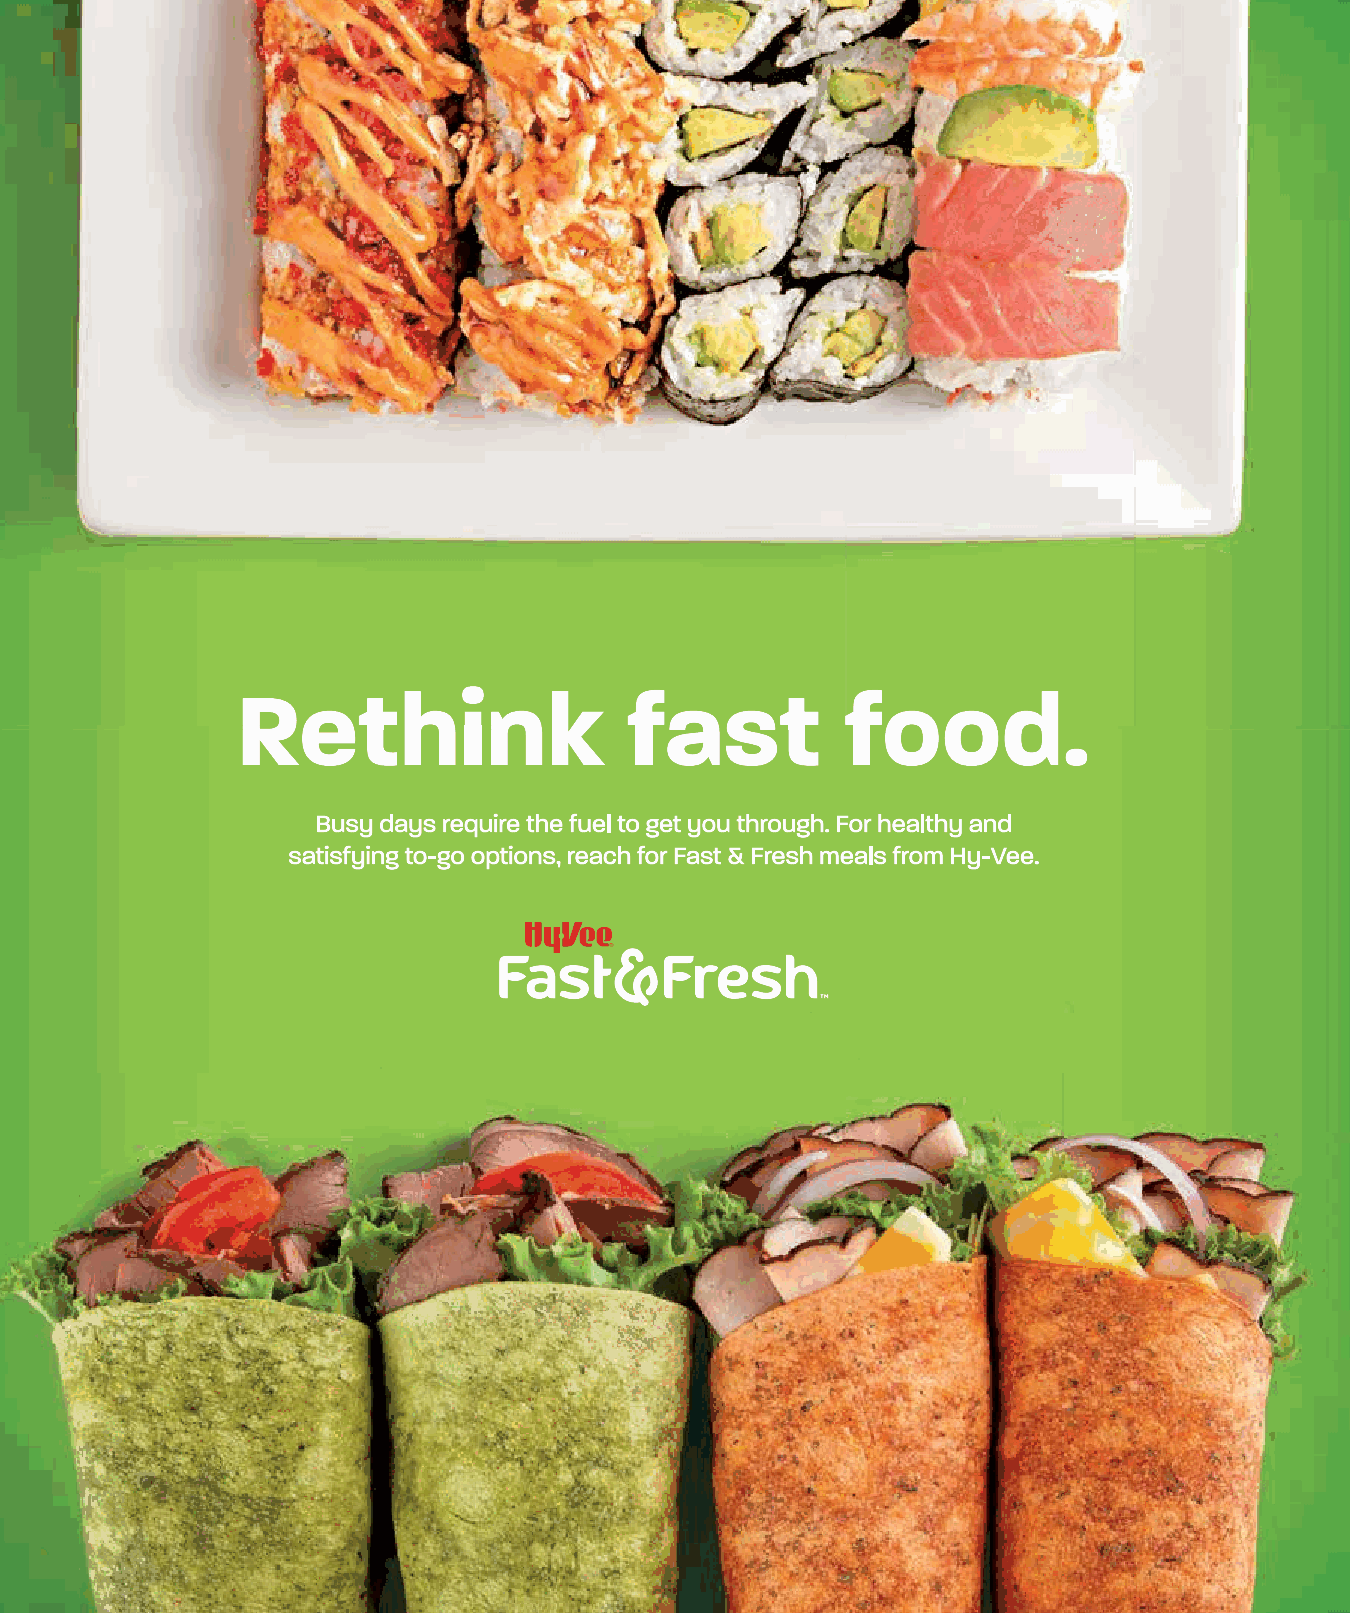
000088--000099 FFoooodd OOppeenneerr__1111..2299..iinndddd 88                    1111//2299//2211 88::4499 AAMM